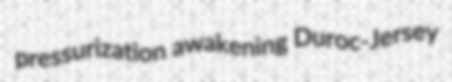
pressurization awakening Duroc-Jersey